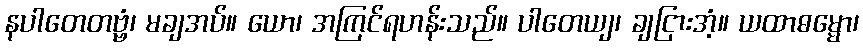
နပါတေတဗ္ဗံ၊ မချအပ်။ ယော၊ အကြင်ရဟန်းသည်။ ပါတေယျ၊ ချငြားအံ့။ ယထာဓမ္မော၊